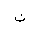
Letter: _non